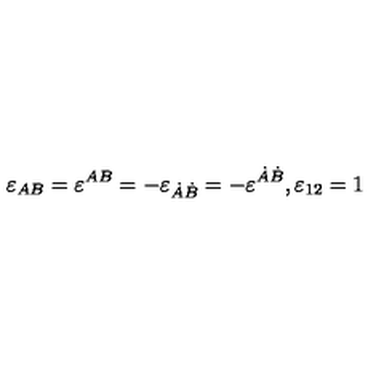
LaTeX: \varepsilon _ { A B } = \varepsilon ^ { A B } = - \varepsilon _ { \dot { A } \dot { B } } = - \varepsilon ^ { \dot { A } \dot { B } } , \varepsilon _ { 1 2 } = 1